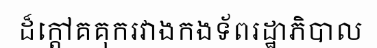
ដ៏ក្តៅគគុករវាងកងទ័ពរដ្ឋាភិបាល